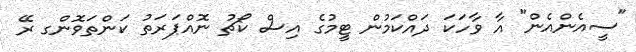
"ސީއެންއެން" އާ ވާހަކަ ދައްކަމުން ޓީމުގެ އިސް ކޯޗު ނޮއްޕަރަތު ކަންތަވޮންގ ރޭ